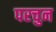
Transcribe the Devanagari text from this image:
परचुन